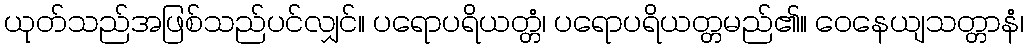
ယုတ်သည်အဖြစ်သည်ပင်လျှင်။ ပရောပရိယတ္တံ၊ ပရောပရိယတ္တမည်၏။ ဝေနေယျသတ္တာနံ၊